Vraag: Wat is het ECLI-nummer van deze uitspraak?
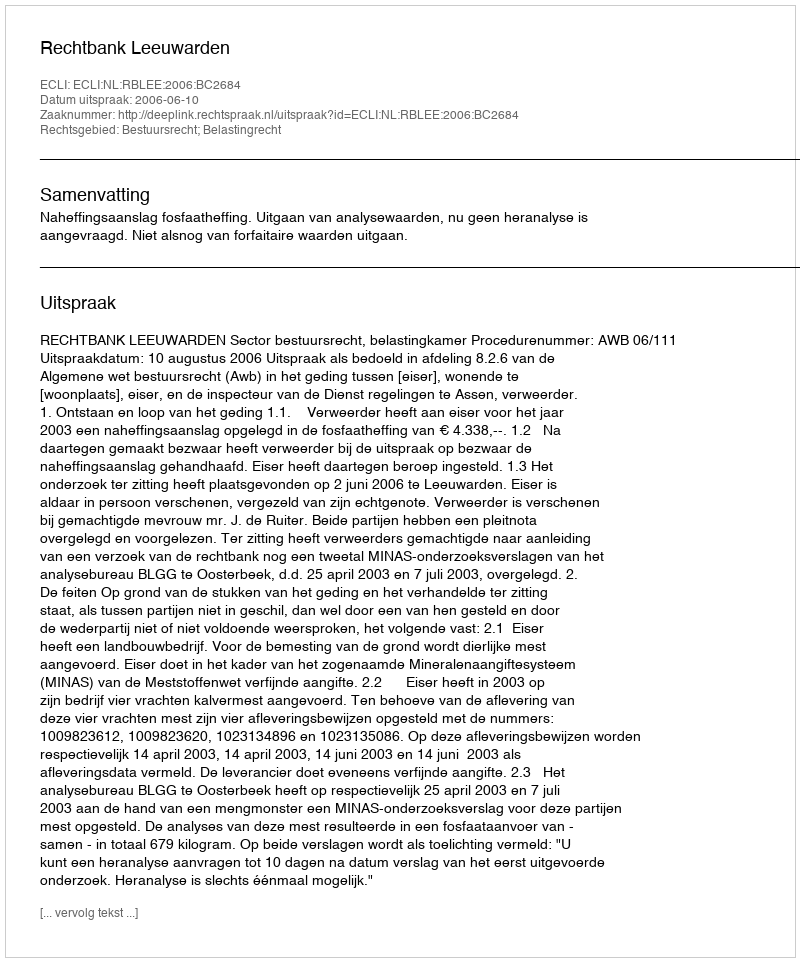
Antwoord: ECLI:NL:RBLEE:2006:BC2684